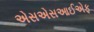
એસએસઆઈએફ